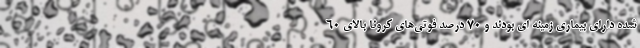
شده دارای بیماری زمینه ای بودند و ۷۰ درصد فوتی‌های کرونا بالای ۶۰